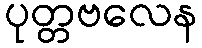
ပုတ္တဗလေန